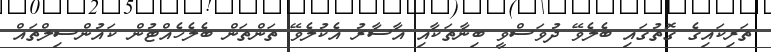
ތަރިކައިގެ ގޮތުގައި ބެލެވޭ ދުވަސްވީ ބިނާތަކާއި އާސާރު އެކުލެވޭ ތަންތަން ބެލެހެއްޓުން ކައުންސިލްތައް